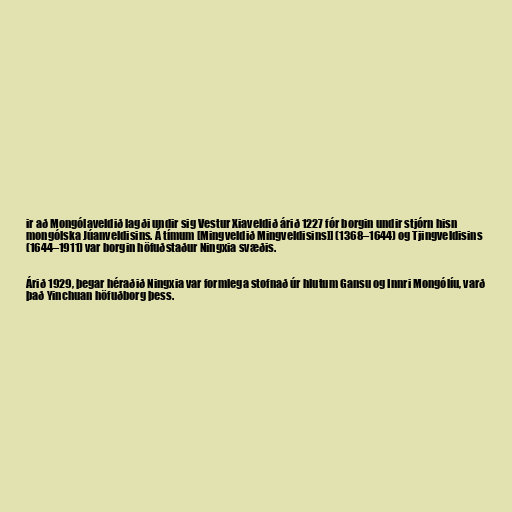
ir að Mongólaveldið lagði undir sig Vestur Xiaveldið árið 1227 fór borgin undir stjórn hisn
mongólska Júanveldisins. Á tímum [Mingveldið Mingveldisins]] (1368–1644) og Tjingveldisins
(1644–1911) var borgin höfuðstaður Ningxia svæðis.

Árið 1929, þegar héraðið Ningxia var formlega stofnað úr hlutum Gansu og Innri Mongólíu, varð
það Yinchuan höfuðborg þess.